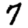
Digit: 7